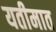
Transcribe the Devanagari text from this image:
यतीमात